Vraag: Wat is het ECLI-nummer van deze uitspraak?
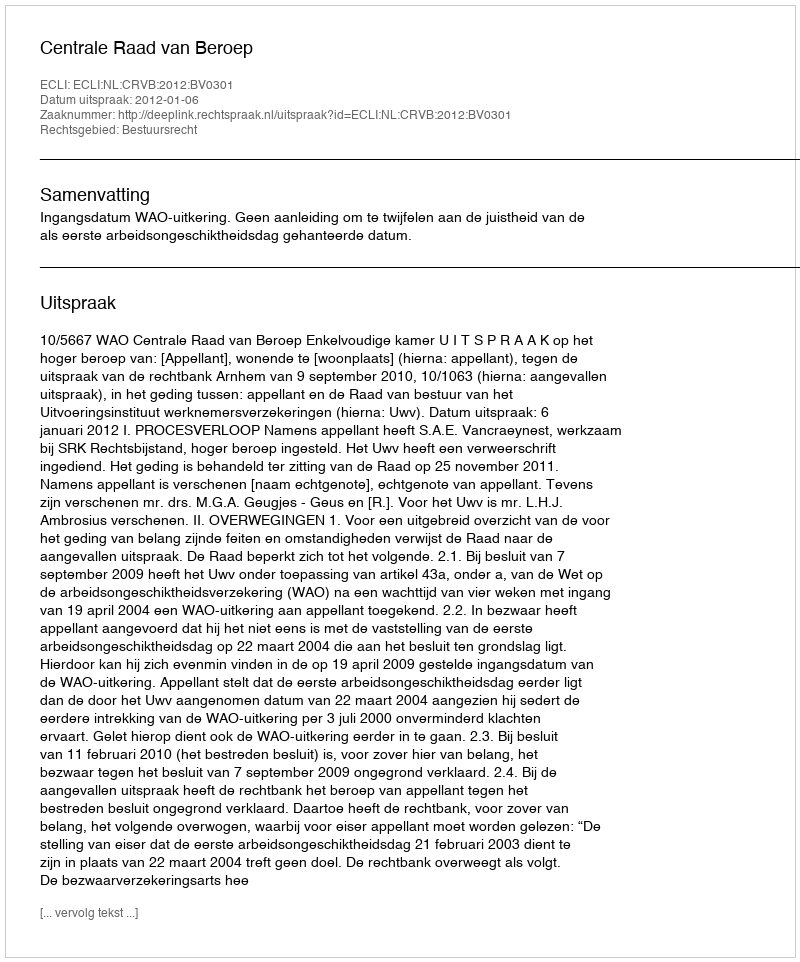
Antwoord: ECLI:NL:CRVB:2012:BV0301